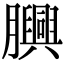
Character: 𦢯